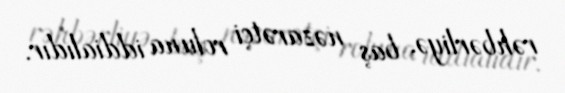
rəhbərliyə, baş nəzarətçi roluna iddialıdır.